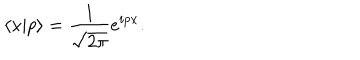
\langle x | p \rangle = { \frac { 1 } { \sqrt { 2 \pi } } } e ^ { i p x } .